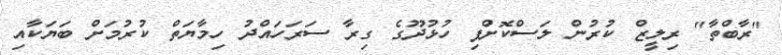
"ރާބްތާ" ރިލީޒް ކުރުން ލަސްކޮށްފި ހުޅުދޫގެ ގިރާ ސަރަހައްދު ހިމާޔަތް ކުރުމަށް ބަޔަކާއި